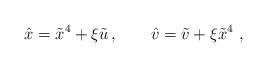
LaTeX: \begin{align*}\hat{x}=\tilde{x}^{4} + \xi \tilde{u}\, , \qquad\hat v = \tilde v + \xi \tilde x^4 \ ,\end{align*}